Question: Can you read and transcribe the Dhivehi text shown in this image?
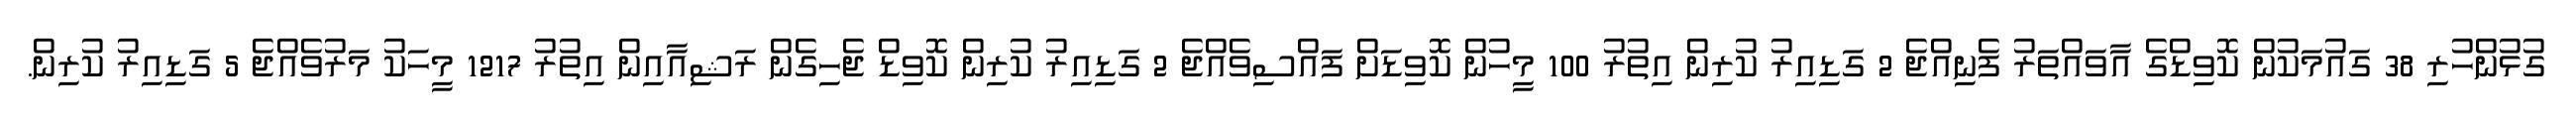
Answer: ގުޅުންހުރި 38 ގައުމަކުން ކޮވިޑްގެ އާވައްތަރު ފެނިއްޖެ 2 ގަޑިއިރު ކުރިން އިތުރު 100 މީހުން ކޮވިޑަށް ފައްސިވެއްޖެ 2 ގަޑިއިރު ކުރިން ކޮވިޑް ޖެހިގެން ރަޝިއާއިން އިތުރު 1217 މީހަކު މަރުވެއްޖެ 5 ގަޑިއިރު ކުރިން.